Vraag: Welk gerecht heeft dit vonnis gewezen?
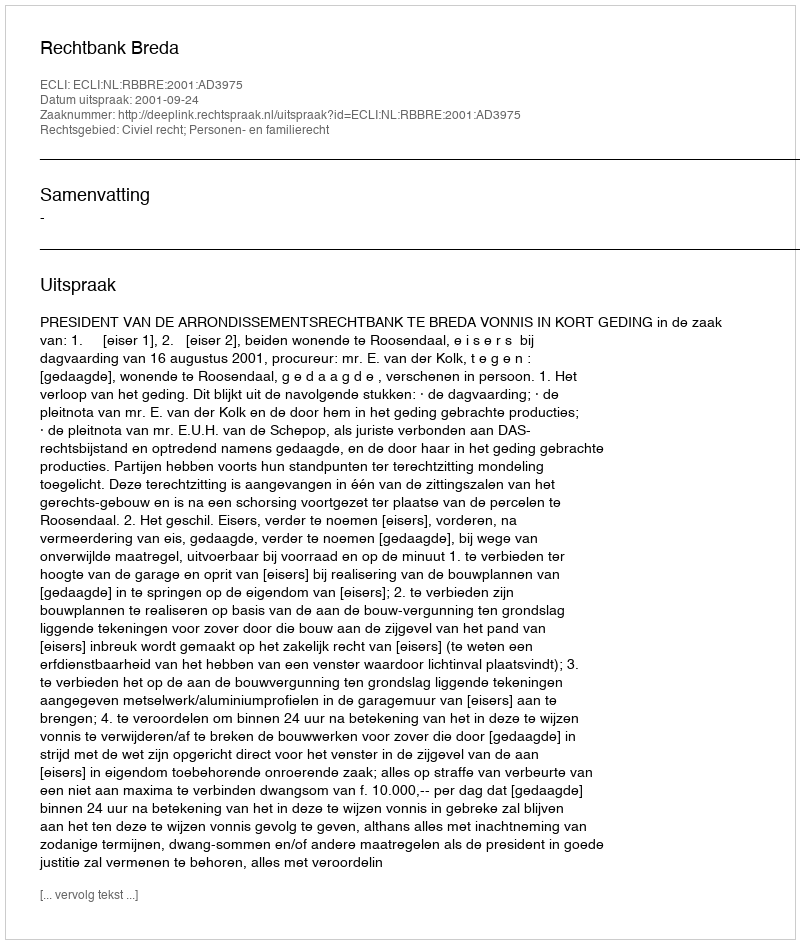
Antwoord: Rechtbank Breda